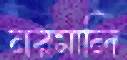
নরমালি